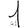
Digit: 1